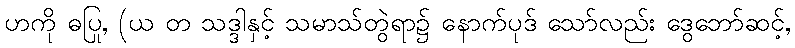
ဟကို ဓပြု, (ယ တ သဒ္ဒါနှင့် သမာသ်တွဲရာ၌ နောက်ပုဒ် သော်လည်း ဒွေဘော်ဆင့်,